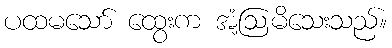
ပထမသော် ထွေးက အံ့ဩမိသေးသည်။